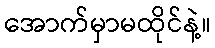
အောက်မှာမထိုင်နဲ့။